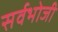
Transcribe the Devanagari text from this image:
सर्वभोजी